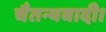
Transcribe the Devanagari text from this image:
चैतन्यवादी।